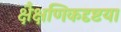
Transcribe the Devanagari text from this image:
क्षैक्षणिकदृष्टया